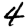
Digit: 4